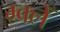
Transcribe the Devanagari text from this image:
म्क्लेँ